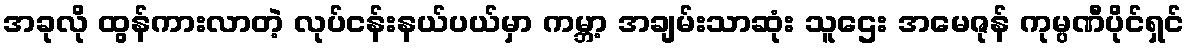
အခုလို ထွန်ကားလာတဲ့ လုပ်ငန်းနယ်ပယ်မှာ ကမ္ဘာ့ အချမ်းသာဆုံး သူဌေး အမေဇုန် ကုမ္ပဏီပိုင်ရှင်